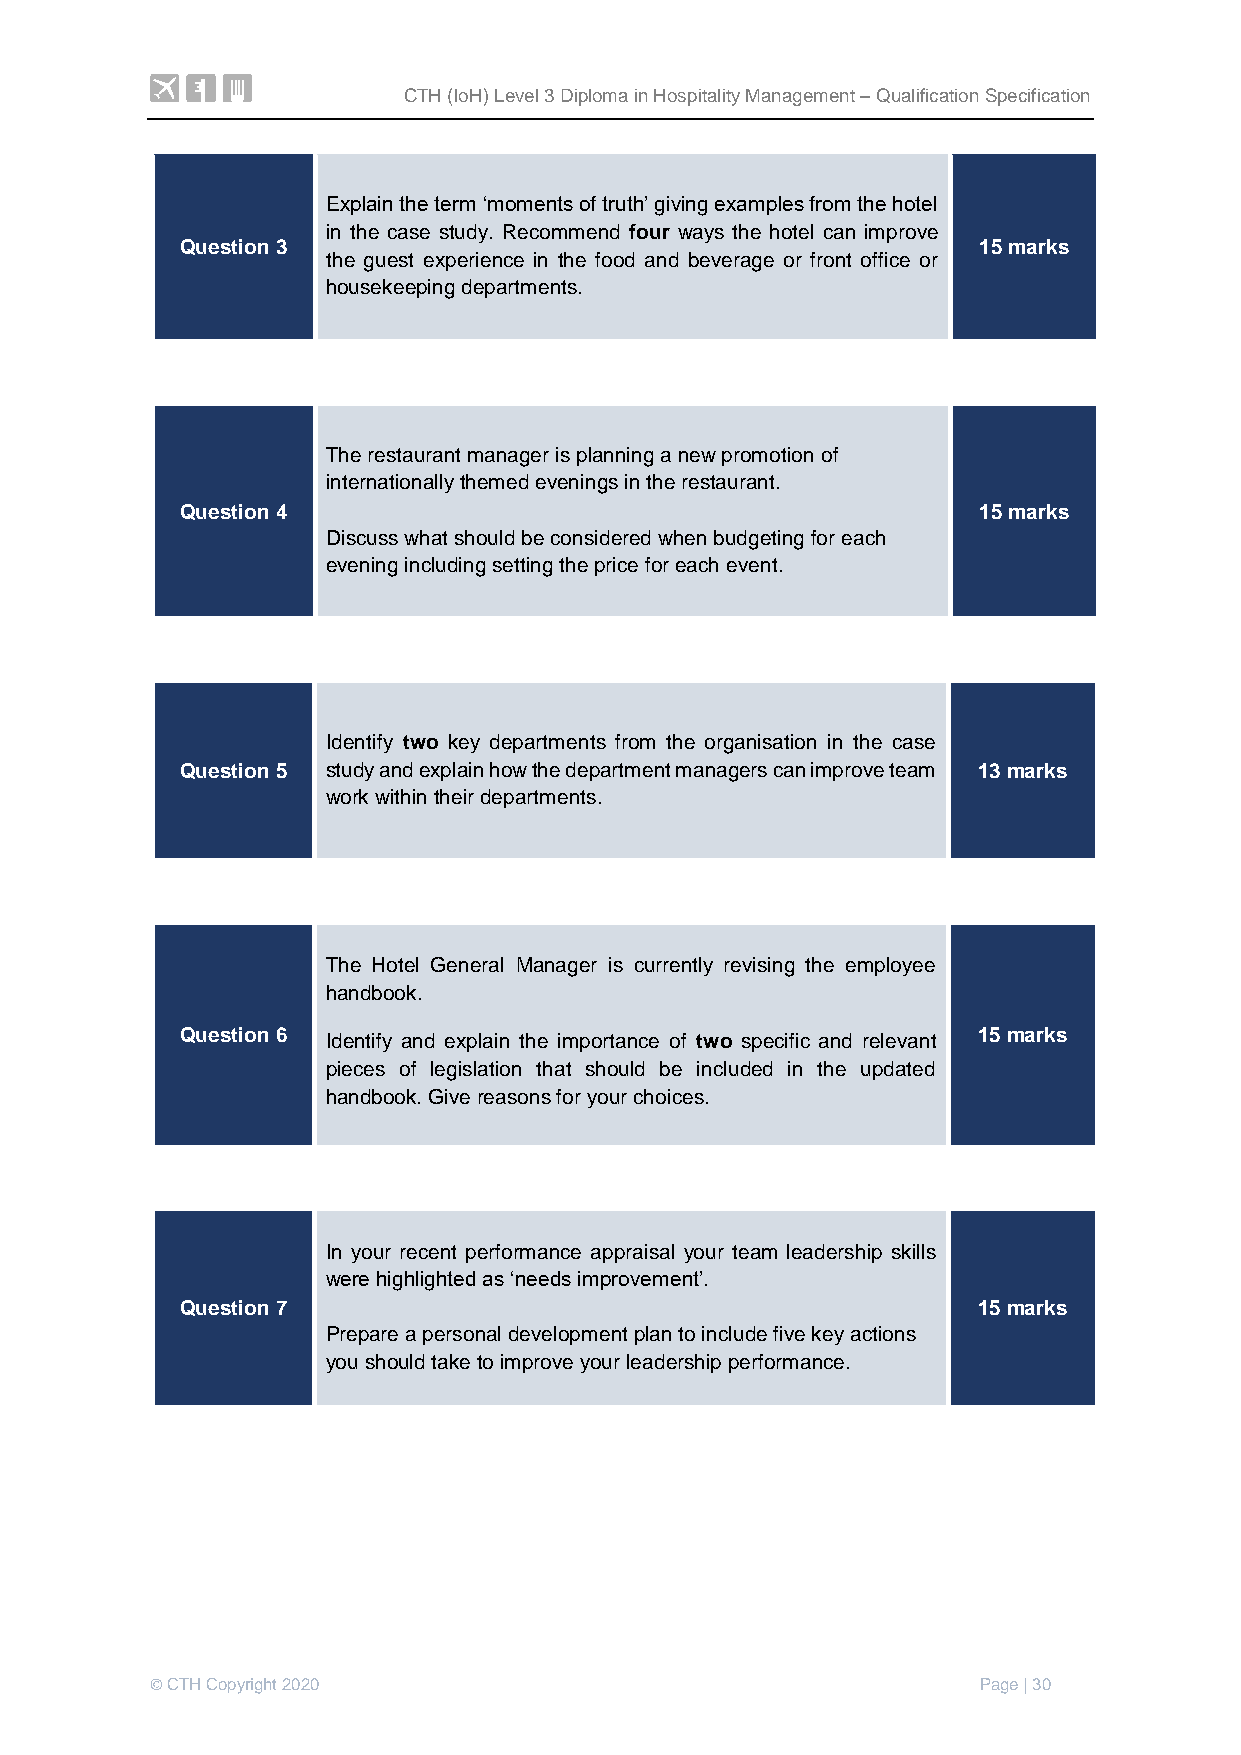
CTH (IoH) Level 3 Diploma in Hospitality Management – Qualification Specification
 Explain the term ‘moments of truth’ giving examples from the hotel
 in the case study. Recommend four ways the hotel can improve
 Question 3                                           15 marks
 the guest experience in the food and beverage or front office or
 housekeeping departments.
 The restaurant manager is planning a new promotion of
 internationally themed evenings in the restaurant.
 Question 4                                           15 marks
 Discuss what should be considered when budgeting for each
 evening including setting the price for each event.
 Identify two key departments from the organisation in the case
 Question 5 study and explain how the department managers can improve team 13 marks
 work within their departments.
 The Hotel General Manager is currently revising the employee
 handbook.
 Question 6 Identify and explain the importance of two specific and relevant 15 marks
 pieces of legislation that should be included in the updated
 handbook. Give reasons for your choices.
 In your recent performance appraisal your team leadership skills
 were highlighted as ‘needs improvement’.
 Question 7                                           15 marks
 Prepare a personal development plan to include five key actions
 you should take to improve your leadership performance.
 © CTH Copyright 2020                                   Page | 30